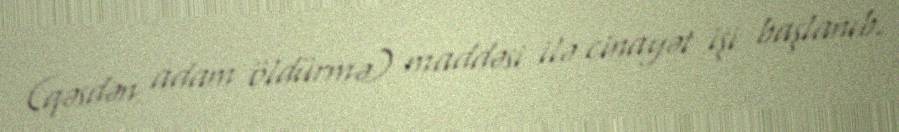
(qəsdən adam öldürmə) maddəsi ilə cinayət işi başlanıb.